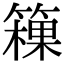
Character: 䉓